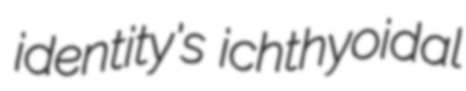
identity's ichthyoidal